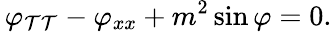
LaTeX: \, \varphi_{\mathcal{T}\mathcal{T}}-\varphi_{xx}+m^{2}\sin\varphi=0.